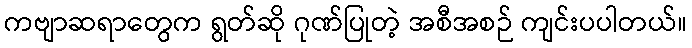
ကဗျာဆရာတွေက ရွတ်ဆို ဂုဏ်ပြုတဲ့ အစီအစဉ် ကျင်းပပါတယ်။